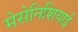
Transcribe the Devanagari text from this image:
मेसेनिशियाई